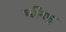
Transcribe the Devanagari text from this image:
घनिष्ट्